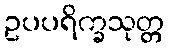
ဥပပရိက္ခသုတ္တ